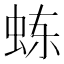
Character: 𬟾